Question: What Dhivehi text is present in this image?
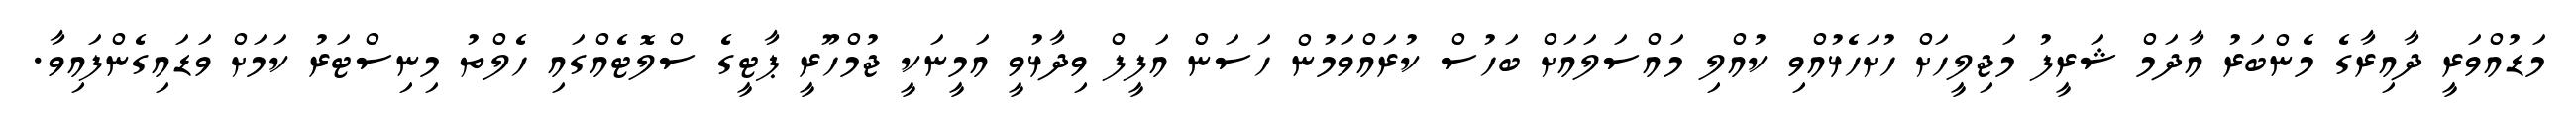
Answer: މަޑުއްވަރީ ދާއިރާގެ މެންބަރު އާދަމް ޝަރީފު މަޖިލީހަށް ހުށަހެޅުއްވި ކުއްލި މައްސަލައަށް ބަހުސް ކުރައްވަމުން ހަސަން އަފީފް ވިދާޅުވީ އަމީނަކީ ޖުމްހޫރީ ޕާޓީގެ ސްލޮޓެއްގައި ހެލްތު މިނިސްޓަރު ކަމަށް ވަޑައިގެންފައިވާ.